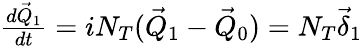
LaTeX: \begin{array}{r}{\frac{d\vec{Q}_{1}}{dt}=iN_{T}(\vec{Q}_{1}-\vec{Q}_{0})=N_{T}\vec{\delta}_{1}}\end{array}